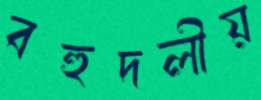
বহুদলীয়